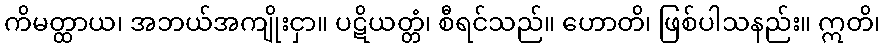
ကိမတ္ထာယ၊ အဘယ်အကျိုးငှာ။ ပဋိယတ္တံ၊ စီရင်သည်။ ဟောတိ၊ ဖြစ်ပါသနည်း။ ဣတိ၊